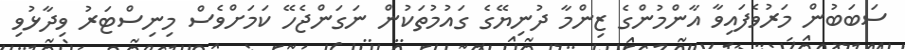
ސަބަބުން މަރުވެފައިވާ އާންމުންގެ ޒިންމާ ދުނިޔޭގެ ގައުމުތަކުން ނަގަންޖެހޭ ކަމަށްވެސް މިނިސްޓަރު ވިދާޅުވި